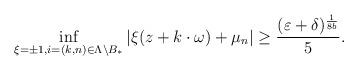
LaTeX: \begin{align*}\inf_{\xi=\pm1, i=(k,n)\in\Lambda\setminus B_*}|\xi(z+k\cdot\omega)+\mu_n|\geq \frac{(\varepsilon+\delta)^{\frac{1}{8b}}}{5}.\end{align*}